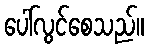
ပေါ်လွင်စေသည်။